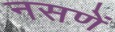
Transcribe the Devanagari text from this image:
नसणें